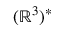
( \mathbb { R } ^ { 3 } ) ^ { * }